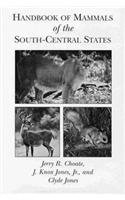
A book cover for Handbook of Mammals of the South-Central States; Jerry R. Choate; Sports & Outdoors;